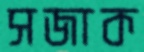
সজাক